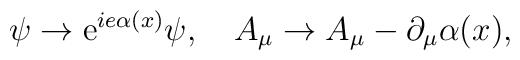
\psi \rightarrow  {\rm e}^{ie \alpha(x)} \psi,   \quad A_\mu \rightarrow A_\mu - \partial_\mu \alpha (x),